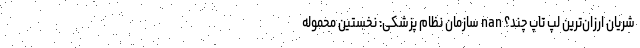
شریان ارزان‌ترین لپ تاپ چند؟ nan سازمان نظام پزشکی: نخستین محموله